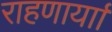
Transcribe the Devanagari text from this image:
राहणार्याा